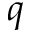
q